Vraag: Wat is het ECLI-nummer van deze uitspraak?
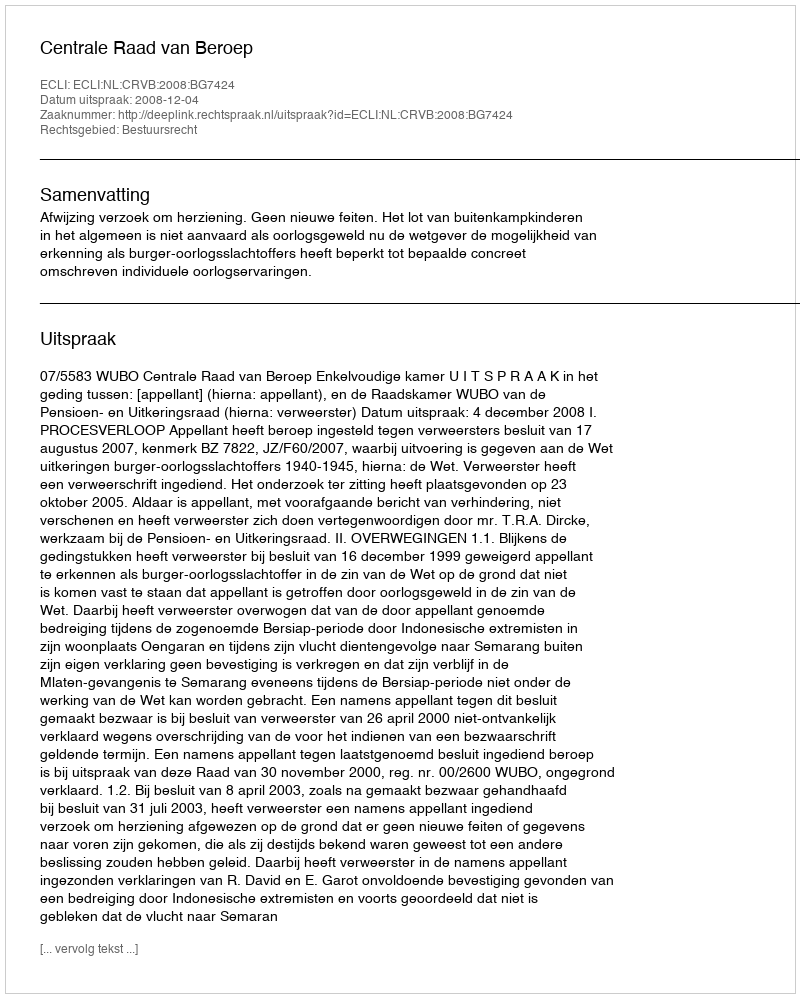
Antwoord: ECLI:NL:CRVB:2008:BG7424